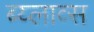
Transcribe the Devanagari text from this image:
ब्य्लाव्स